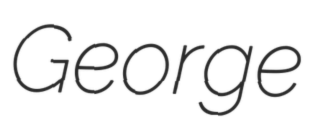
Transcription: George